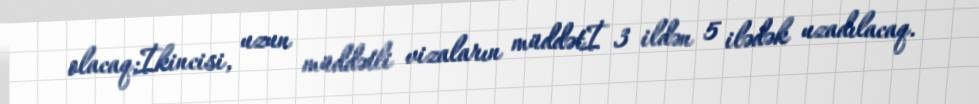
olacaq;İkincisi, uzun müddətli vizaların müddətİ 3 ildən 5 ilədək uzadılacaq.